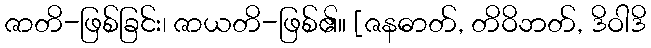
ဇာတိ-ဖြစ်ခြင်း၊ ဇာယတိ-ဖြစ်၏။ [ဇနဓာတ်, တိဝိဘတ်, ဒိဝါဒိ